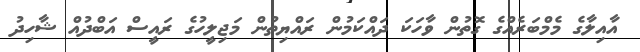
އާއިލާގެ މެމްބަރެއްގެ ގޮތުން ވާހަކަ ދައްކަމުން ރައްޔިތުން މަޖިލީހުގެ ރައީސް އަބްދުއް ޝާހިދު